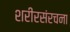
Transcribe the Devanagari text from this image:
शरीरसंरचना